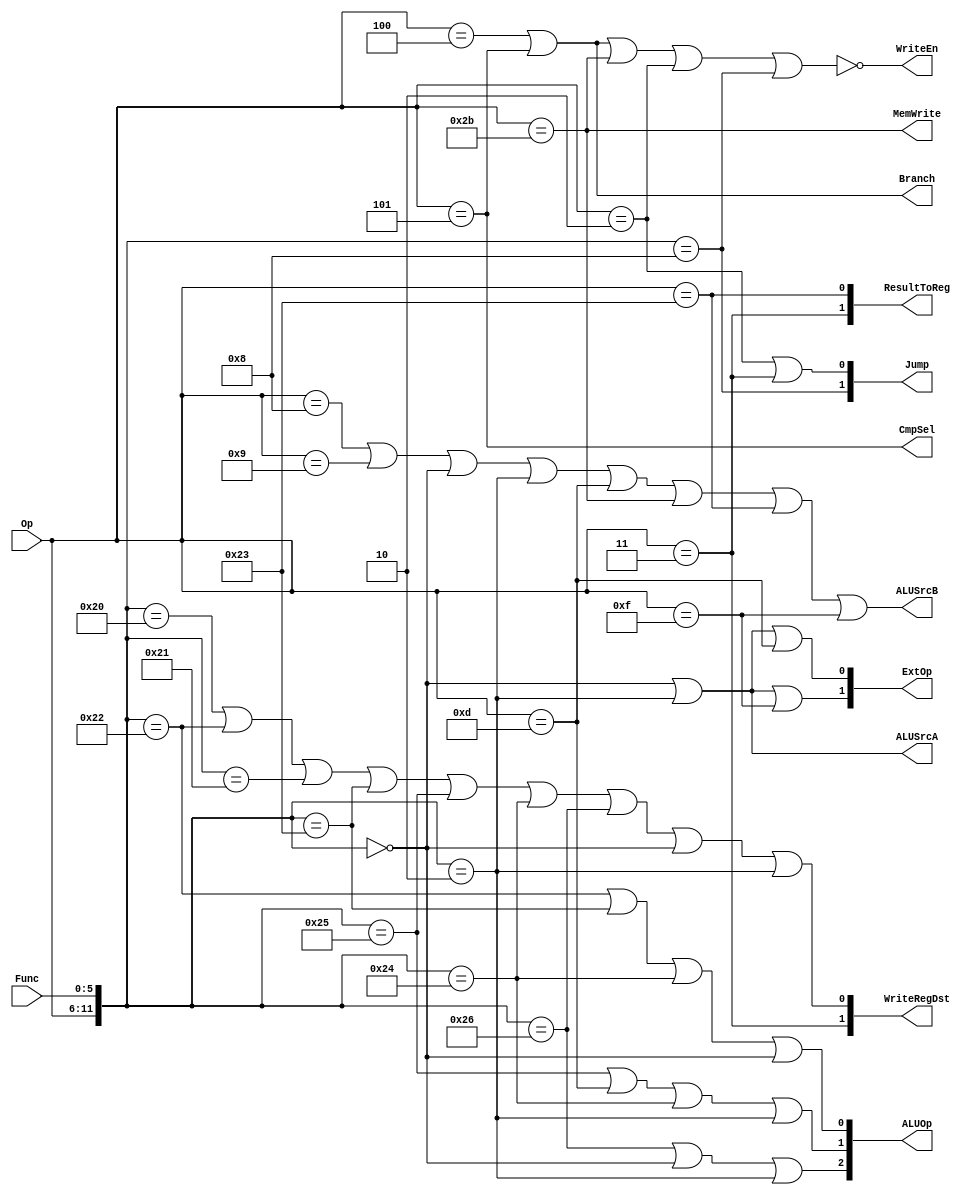
`timescale 1ns / 1ps
//add,addi,addiu,addu,sub,subu,beq,bne,j,jal,jr,lw,sw,sll,srl,And
//lui,or,ori,xor

/***define,may be different bit-width***/
`define ADD   12'b000000_100000
`define ADDI  6'b001000
`define ADDIU 6'b001001
`define ADDU  12'b000000_100001
`define AND   12'b000000_100100
`define BEQ   6'b000100
`define BNE   6'b000101
`define J     6'b000010
`define JAL   6'b000011
`define JR    12'b000000_001000
`define LUI   6'b001111
`define LW    6'b100011
`define OR    12'b000000_100101
`define ORI   6'b001101
`define SLL   12'b000000_000000
`define SRL   12'b000000_000010
`define SUB   12'b000000_100010
`define SUBU  12'b000000_100011
`define SW    6'b101011
`define XOR   12'b000000_100110

module Func_ctrl(
	input  [5:0] Op,
	input  [5:0] Func,
	output MemWrite,
	output [1:0] ResultToReg,
	output [1:0] WriteRegDst,
	output [2:0] ALUOp,
	output ALUSrcA,
	output ALUSrcB,
	output CmpSel,
	output Branch,
	output [1:0] Jump,
	output WriteEn,
	output [1:0] ExtOp
    );
	//definition
	wire add;    assign add   = ({Op,Func}==`ADD);
	wire addi;   assign addi  = (Op==`ADDI);
	wire addiu;  assign addiu = (Op==`ADDIU);
	wire addu;   assign addu  = ({Op,Func}==`ADDU);
	wire _and;   assign _and  = ({Op,Func}==`AND);
	wire beq;    assign beq   = (Op==`BEQ);
	wire bne;    assign bne   = (Op==`BNE);
	wire j;      assign j     = (Op==`J);
	wire jal;    assign jal   = (Op==`JAL);
	wire jr;     assign jr    = ({Op,Func}==`JR);
	wire lui;    assign lui   = (Op==`LUI);
	wire lw;     assign lw    = (Op==`LW);
	wire _or;    assign _or   = ({Op,Func}==`OR);
	wire ori;    assign ori   = (Op==`ORI);
	wire sll;    assign sll   = ({Op,Func}==`SLL);
	wire srl;    assign srl   = ({Op,Func}==`SRL);
	wire sub;    assign sub   = ({Op,Func}==`SUB);
	wire subu;   assign subu  = ({Op,Func}==`SUBU);
	wire sw;     assign sw    = (Op==`SW);
	wire _xor;   assign _xor  = ({Op,Func}==`XOR);

	//control signals
	assign MemWrite    = sw;
	assign ResultToReg = {jal,lw};
	assign WriteRegDst = {jal,add|sub|addu|subu|_or|_and|_xor|sll|srl};
	assign ALUOp       = {_xor|sll|srl,_or|ori|_and|srl,sub|subu|_and|sll};
	assign ALUSrcA     = sll|srl;
	assign ALUSrcB     = addi|addiu|sll|srl|ori|sw|lw|lui;
	assign CmpSel      = bne;
	assign Branch      = beq|bne;
	assign Jump        = {jr,j|jal};
	assign WriteEn     = !(beq|bne|sw|j|jr);
	assign ExtOp       = {sll|srl|lui,sll|srl|ori};

endmodule